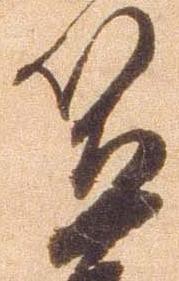
笠